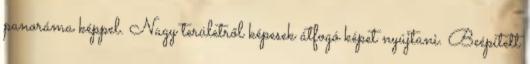
panoráma képpel. Nagy területről képesek átfogó képet nyújtani. Beépített